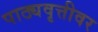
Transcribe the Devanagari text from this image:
पाठ्यवृत्तीवर